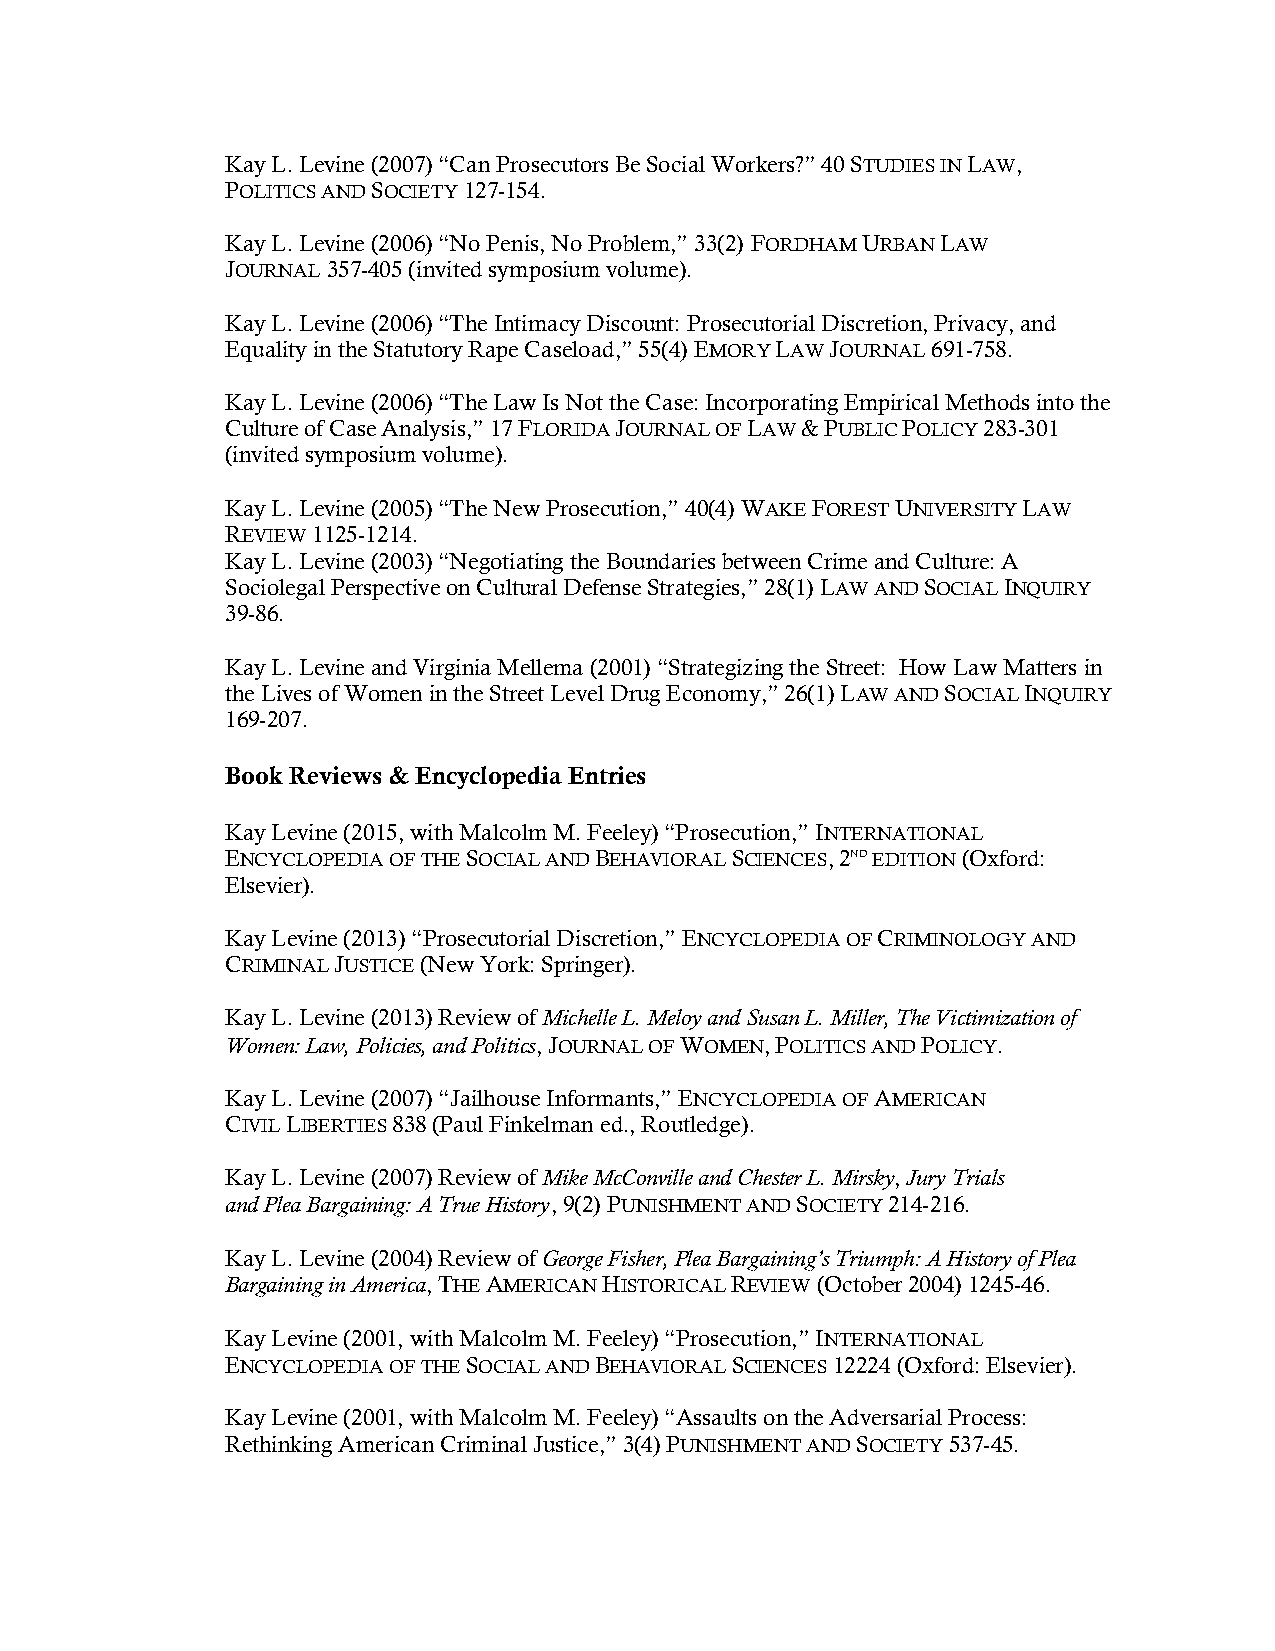
Kay L. Levine (2007) “Can Prosecutors Be Social Workers?” 40 STUDIES IN LAW,
 POLITICS AND SOCIETY 127-154.
 Kay L. Levine (2006) “No Penis, No Problem,” 33(2) FORDHAM URBAN LAW
 JOURNAL 357-405 (invited symposium volume).
 Kay L. Levine (2006) “The Intimacy Discount: Prosecutorial Discretion, Privacy, and
 Equality in the Statutory Rape Caseload,” 55(4) EMORY LAW JOURNAL 691-758.
 Kay L. Levine (2006) “The Law Is Not the Case: Incorporating Empirical Methods into the
 Culture of Case Analysis,” 17 FLORIDA JOURNAL OF LAW & PUBLIC POLICY 283-301
 (invited symposium volume).
 Kay L. Levine (2005) “The New Prosecution,” 40(4) WAKE FOREST UNIVERSITY LAW
 REVIEW 1125-1214.
 Kay L. Levine (2003) “Negotiating the Boundaries between Crime and Culture: A
 Sociolegal Perspective on Cultural Defense Strategies,” 28(1) LAW AND SOCIAL INQUIRY
 39-86.
 Kay L. Levine and Virginia Mellema (2001) “Strategizing the Street: How Law Matters in
 the Lives of Women in the Street Level Drug Economy,” 26(1) LAW AND SOCIAL INQUIRY
 169-207.
 Book Reviews & Encyclopedia Entries
 Kay Levine (2015, with Malcolm M. Feeley) “Prosecution,” INTERNATIONAL
 ENCYCLOPEDIA OF THE SOCIAL AND BEHAVIORAL SCIENCES, 2ND EDITION (Oxford:
 Elsevier).
 Kay Levine (2013) “Prosecutorial Discretion,” ENCYCLOPEDIA OF CRIMINOLOGY AND
 CRIMINAL JUSTICE (New York: Springer).
 Kay L. Levine (2013) Review of Michelle L. Meloy and Susan L. Miller, The Victimization of
 Women: Law, Policies, and Politics, JOURNAL OF WOMEN, POLITICS AND POLICY.
 Kay L. Levine (2007) “Jailhouse Informants,” ENCYCLOPEDIA OF AMERICAN
 CIVIL LIBERTIES 838 (Paul Finkelman ed., Routledge).
 Kay L. Levine (2007) Review of Mike McConville and Chester L. Mirsky, Jury Trials
 and Plea Bargaining: A True History, 9(2) PUNISHMENT AND SOCIETY 214-216.
 Kay L. Levine (2004) Review of George Fisher, Plea Bargaining’s Triumph: A History of Plea
 Bargaining in America, THE AMERICAN HISTORICAL REVIEW (October 2004) 1245-46.
 Kay Levine (2001, with Malcolm M. Feeley) “Prosecution,” INTERNATIONAL
 ENCYCLOPEDIA OF THE SOCIAL AND BEHAVIORAL SCIENCES 12224 (Oxford: Elsevier).
 Kay Levine (2001, with Malcolm M. Feeley) “Assaults on the Adversarial Process:
 Rethinking American Criminal Justice,” 3(4) PUNISHMENT AND SOCIETY 537-45.